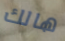
هالك